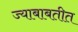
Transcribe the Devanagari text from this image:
ज्याबाबतीत